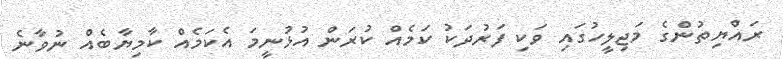
ރައްޔިތުންގެ މަޖިލީހުގައި ވަކި ފަރުދަކު ކަމެއް ކުރަން އުޅުނީމަ އެކަމެއް ކާމިޔާބެއް ނުވާނެ